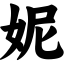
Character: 妮